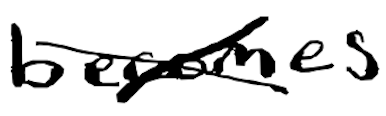
Text: becomes
Cross-out: cross
Writing tool: digital_black